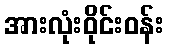
အားလုံးဝိုင်းဝန်း